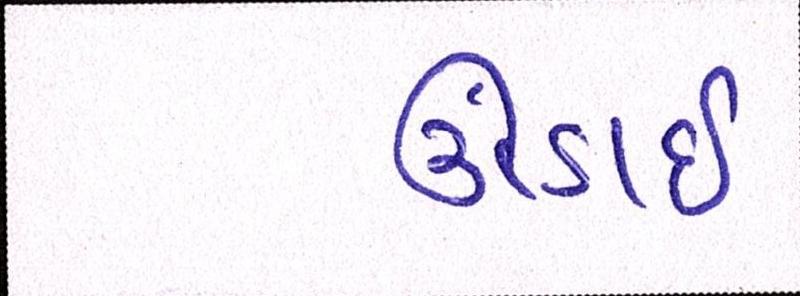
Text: ઉંડાઈ